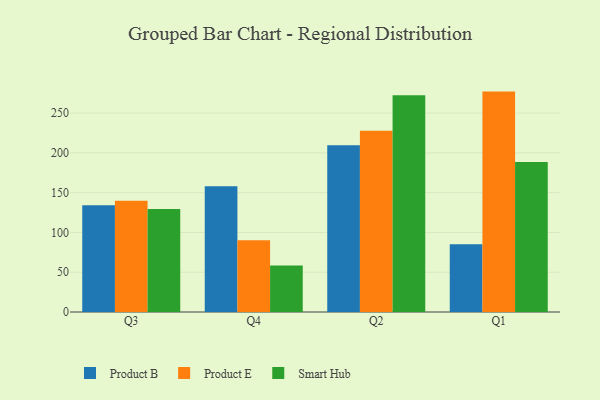
{"axis": {"x": "Quarter", "y": "Bounce Rate (%)"}, "legend": ["Product B", "Product E", "Smart Hub"], "data": [{"x": "Q3", "y": 134.2, "type": "Product B"}, {"x": "Q3", "y": 139.8, "type": "Product E"}, {"x": "Q3", "y": 129.4, "type": "Smart Hub"}, {"x": "Q4", "y": 158.1, "type": "Product B"}, {"x": "Q4", "y": 90.2, "type": "Product E"}, {"x": "Q4", "y": 58.5, "type": "Smart Hub"}, {"x": "Q2", "y": 209.6, "type": "Product B"}, {"x": "Q2", "y": 227.8, "type": "Product E"}, {"x": "Q2", "y": 272.3, "type": "Smart Hub"}, {"x": "Q1", "y": 85.2, "type": "Product B"}, {"x": "Q1", "y": 277.0, "type": "Product E"}, {"x": "Q1", "y": 188.6, "type": "Smart Hub"}]}